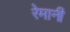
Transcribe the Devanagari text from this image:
रेमानी